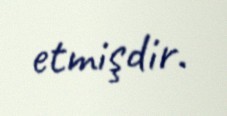
etmişdir.